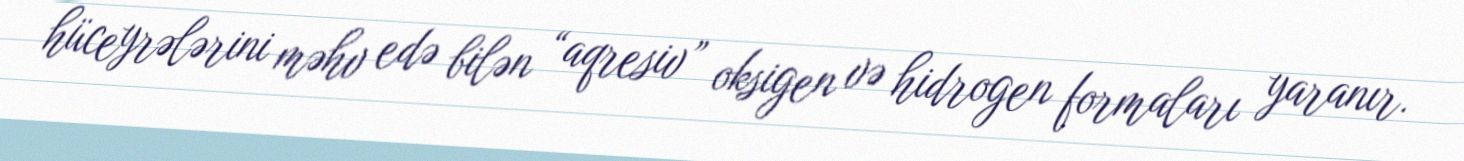
hüceyrələrini məhv edə bilən “aqresiv” oksigen və hidrogen formaları yaranır.